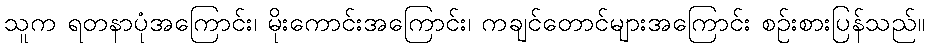
သူက ရတနာပုံအကြောင်း၊ မိုးကောင်းအကြောင်း၊ ကချင်တောင်များအကြောင်း စဉ်းစားပြန်သည်။